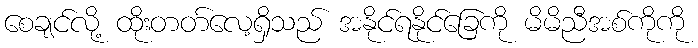
စေချင်လို့ ထိုးတတ်လေ့ရှိသည် အနိုင်ရနိုင်ခြေကို မိမိညီအစ်ကိုကို